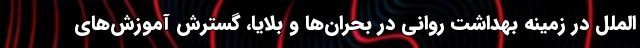
‌الملل در زمینه بهداشت روانی در بحران‌ها و بلایا، گسترش آموزش‌های